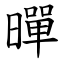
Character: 暺